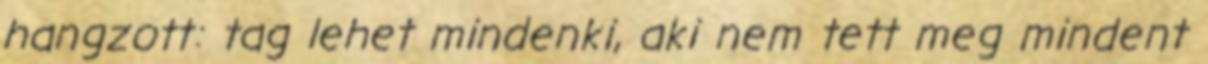
hangzott: tag lehet mindenki, aki nem tett meg mindent